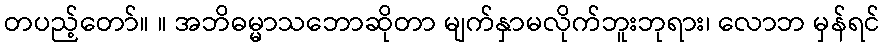
တပည့်တော်။ ။ အဘိဓမ္မာသဘောဆိုတာ မျက်နှာမလိုက်ဘူးဘုရား၊ လောဘ မှန်ရင်